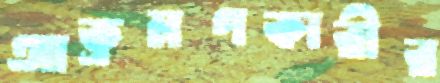
আক্রমণকারীর